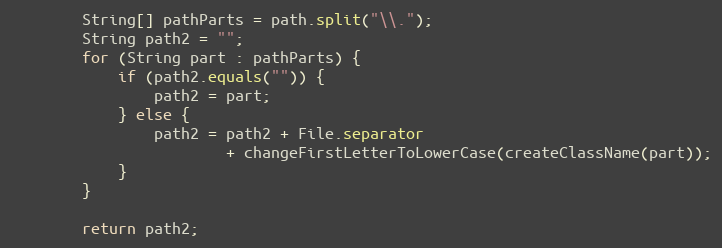
Language: Java
        String[] pathParts = path.split("\\.");
        String path2 = "";
        for (String part : pathParts) {
            if (path2.equals("")) {
                path2 = part;
            } else {
                path2 = path2 + File.separator
                        + changeFirstLetterToLowerCase(createClassName(part));
            }
        }

        return path2;